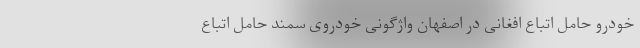
خودرو حامل اتباع افغانی در اصفهان واژگونی خودروی سمند حامل اتباع